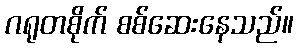
ဂရုတစိုက် စစ်ဆေးနေသည်။